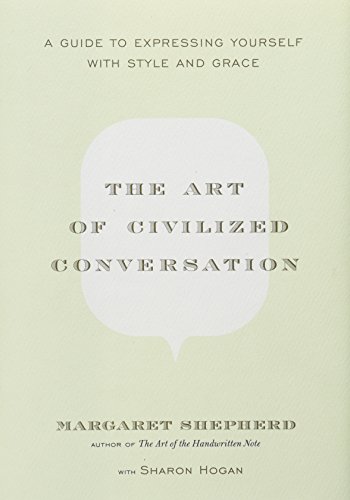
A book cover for The Art of Civilized Conversation: A Guide to Expressing Yourself With Style and Grace; Margaret Shepherd; Reference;